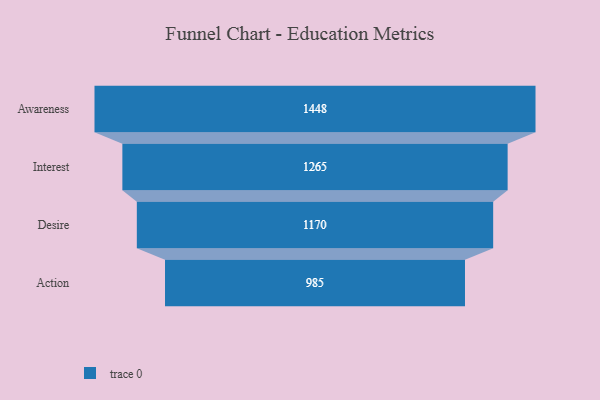
{"axis": {"x": "Stage", "y": "Value"}, "legend": [""], "data": [{"x": "Awareness", "y": 1448.0, "type": ""}, {"x": "Interest", "y": 1265.0, "type": ""}, {"x": "Desire", "y": 1170.0, "type": ""}, {"x": "Action", "y": 985.0, "type": ""}]}